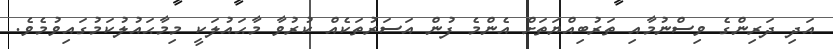
އަދި ދަރިންގެ ވިސްނުމާއި ތަރުބިއްޔަތަށް އެންމެ ފުން އަސަރުތަކެއް ކުރުވާ މާޙައުލަކީ މިމާޙައުލުކަމުގައިވުމެވެ.